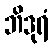
ဘိဒုရံ